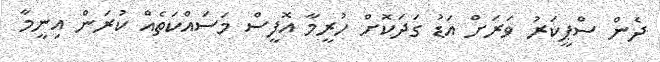
ދެން ސްޕީކަރު ވަރަށް އަޑު ގަދަކޮށް ހުރީމާ އޮފީސް މަސައްކަތެއް ކުރަން އިނީމާ